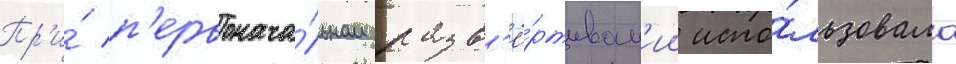
Пр'и́ п'ервонача́льном разв'ё́ртыван'ии испо́льзовала